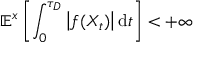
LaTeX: \mathbb { E } ^ { x } \left[ \int _ { 0 } ^ { \tau _ { D } } { \big | } f ( X _ { t } ) { \big | } \, \mathrm { d } t \right] < + \infty